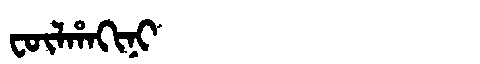
Manchu: ᡶᡡᠯᡥᠠᡴᡳᠨᡳ
Romanization: FŪLHAKINI